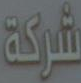
شركة